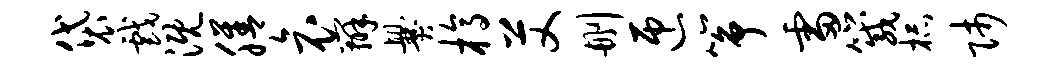
袋戏溉膳哀辨爨槁艾删匝筝雷箴杯师